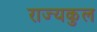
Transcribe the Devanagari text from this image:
राज्यकुल